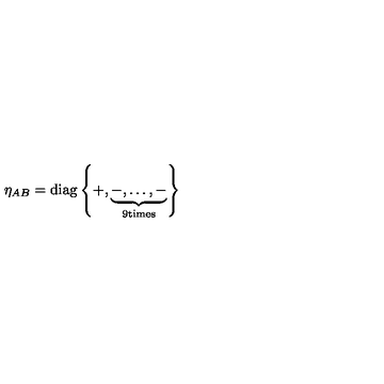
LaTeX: \eta _ { A B } = \mathrm { d i a g } \left\{ + , \underbrace { - , \dots , - } _ { \mathrm { 9 t i m e s } } \right\}